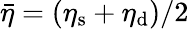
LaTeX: \bar{\eta}=\left(\eta_{\mathrm{s}}+\eta_{\mathrm{d}}\right)/2